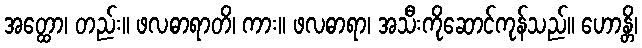
အတ္ထော၊ တည်း။ ဖလဓာရာတိ၊ ကား။ ဖလဓာရာ၊ အသီးကိုဆောင်ကုန်သည်။ ဟောန္တိ၊